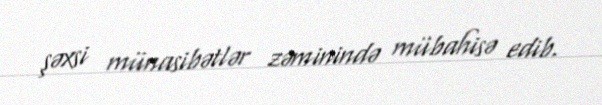
şəxsi münasibətlər zəminində mübahisə edib.